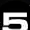
Digit: 5